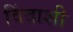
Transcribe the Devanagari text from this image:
विंदाशी